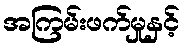
အကြမ်းဖက်မှုနှင့်